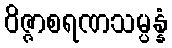
ဝိဇ္ဇာစရဏသမ္ပန္နံ